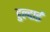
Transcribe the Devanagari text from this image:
हुल्दाई